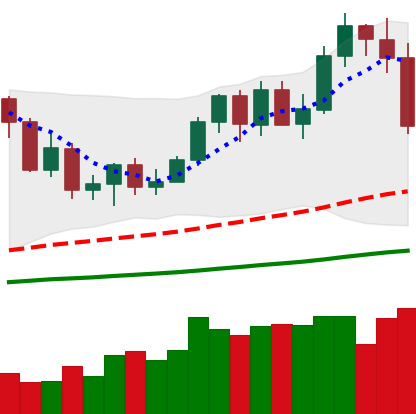
Ticker: NEO-USD
Chart end date: 2020-09-21
Forward return: 4.921%
Label: up_3_5